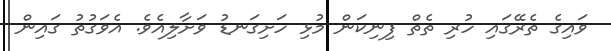
ވައިގެ ތެރޭގައި ހުރި ތެތް ފިނިކަން މުޅި ހަށިގަނޑު ވަށާލިއެވެ. އެވަގުތު ގައިން